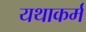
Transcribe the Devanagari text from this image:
यथाकर्म